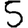
Digit: 5